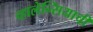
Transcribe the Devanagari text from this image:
व्हालेन्सियाची